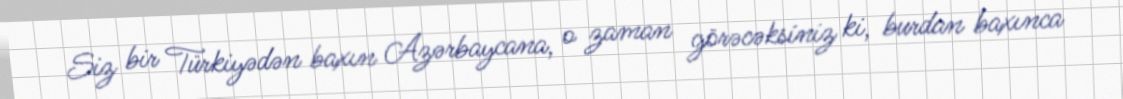
Siz bir Türkiyədən baxın Azərbaycana, o zaman görəcəksiniz ki, burdan baxınca